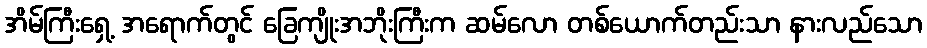
အိမ်ကြီးရှေ့ အရောက်တွင် ခြေကျိုးအဘိုးကြီးက ဆမ်လော တစ်ယောက်တည်းသာ နားလည်သော